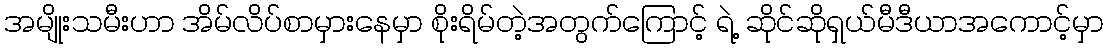
အမျိုးသမီးဟာ အိမ်လိပ်စာမှားနေမှာ စိုးရိမ်တဲ့အတွက်ကြောင့် ရဲ့ ဆိုင်ဆိုရှယ်မီဒီယာအကောင့်မှာ